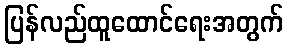
ပြန်လည်ထူထောင်ရေးအတွက်